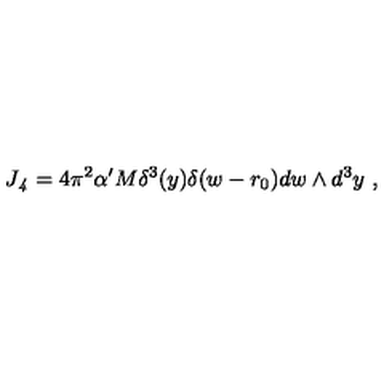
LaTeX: J _ { \it 4 } = 4 \pi ^ { 2 } \alpha ^ { \prime } M \delta ^ { 3 } ( y ) \delta ( w - r _ { 0 } ) d w \wedge d ^ { 3 } y \ ,